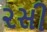
૨સી